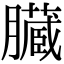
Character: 臓